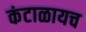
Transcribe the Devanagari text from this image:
कंटाळायच